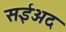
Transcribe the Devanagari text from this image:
सईअद